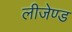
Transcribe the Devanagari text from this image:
लीजेण्ड